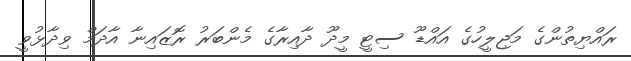
ރައްޔިތުންގެ މަޖިލީހުގެ އައްޑޫ ސިޓީ މީދޫ ދާއިރާގެ މެންބަރު ރޮޒައިނާ އާދަމް ވިދާޅުވީ